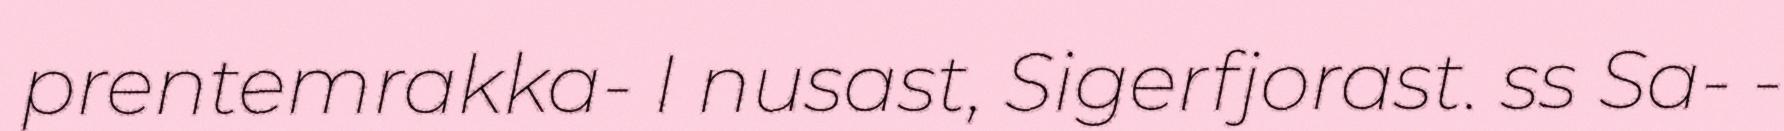
prentemrakka- I nusast, Sigerfjorast. ss Sa- -